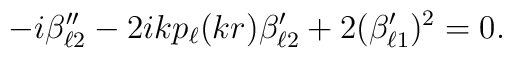
-i\beta_{\ell 2}^{\prime \prime}    -2ikp_\ell(kr)\beta_{\ell 2}^\prime    +2(\beta_{\ell 1}^\prime)^2 = 0.